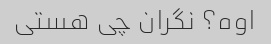
اوه؟ نگران چی هستی